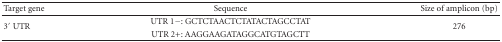
<table><thead><tr><td><b>Target gene</b></td><td><b>Sequence</b></td><td><b>Size of amplicon (bp)</b></td></tr></thead><tbody><tr><td rowspan="2">3′ UTR</td><td>UTR 1−: GCTCTAACTCTATACTAGCCTAT</td><td rowspan="2">276</td></tr><tr><td> UTR 2+: AAGGAAGATAGGCATGTAGCTT</td></tr></tbody></table>